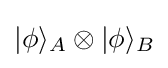
|\phi \rangle _{A}\otimes |\phi \rangle _{B}